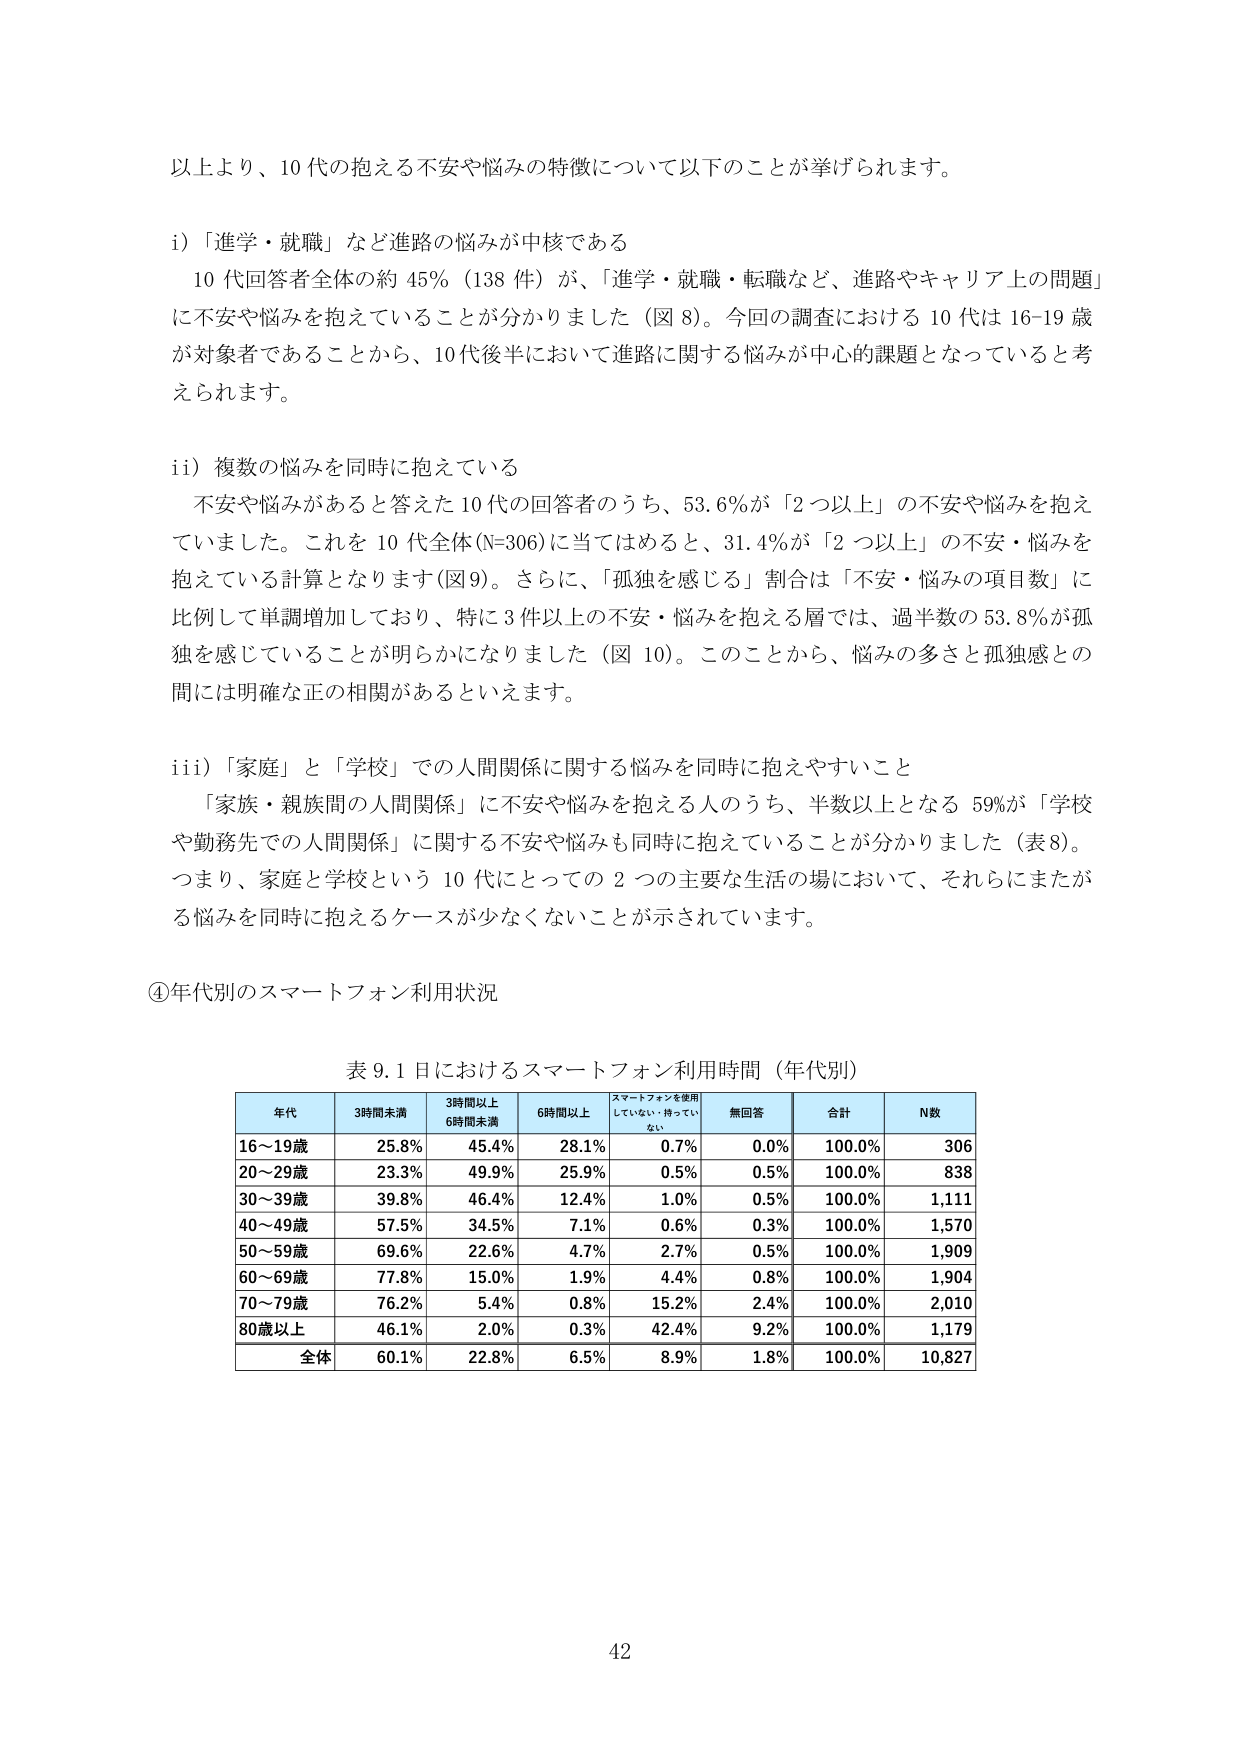
以上より、10代の抱える不安や悩みの特徴について以下のことがあげられます。

i) 「進学・就職」など進路の悩みが中核である
　10代回答者全体の約45%（138件）が、「進学・就職・転職など、進路やキャリア上の問題」に不安や悩みを抱えていることが分かりました（図8）。今回の調査における10代は16-19歳が対象者であることから、10代後半において進路に関する悩みが中心的課題となっていると考えられます。

ii) 複数の悩みを同時に抱えている
　不安や悩みがあると答えた10代の回答者のうち、53.6%が「2つ以上」の不安や悩みを抱えていました。これを10代全体(N=306)に当てはめると、31.4%が「2つ以上」の不安・悩みを抱えている計算となります（図9）。さらに、「孤独を感じる」割合は「不安・悩みの項目数」に比例して単調増加しており、特に3件以上の不安・悩みを抱える層では、過半数の53.8%が孤独を感じていることが明らかになりました（図10）。このことから、悩みの多さと孤独感との間には明確な正の相関があるといえます。

iii) 「家庭」と「学校」での人間関係に関する悩みを同時に抱えやすいこと
　「家族・親族間の人間関係」に不安や悩みを抱える人のうち、半数以上となる59%が「学校や勤務先での人間関係」に関する不安や悩みも同時に抱えていることが分かりました（表8）。つまり、家庭と学校という10代にとっての2つの主要な生活の場において、それらにまたがる悩みを同時に抱えるケースが少なくないことが示されています。

④年代別のスマートフォン利用状況

表9.1 日におけるスマートフォン利用時間（年代別）

年代　　3時間未満　　3時間以上6時間未満　　6時間以上　　スマートフォンを使用していない・持っていない　　無回答　　合計　　N数
16～19歳　25.8%　　　45.4%　　　　　28.1%　　　　0.7%　　　　　　0.0%　　　100.0%　　306
20～29歳　23.3%　　　49.9%　　　　　25.9%　　　　0.5%　　　　　　0.5%　　　100.0%　　838
30～39歳　39.8%　　　46.4%　　　　　12.4%　　　　1.0%　　　　　　0.5%　　　100.0%　　1,111
40～49歳　57.5%　　　34.5%　　　　　7.1%　　　　0.6%　　　　　　0.3%　　　100.0%　　1,570
50～59歳　69.6%　　　22.6%　　　　　4.7%　　　　2.7%　　　　　　0.5%　　　100.0%　　1,909
60～69歳　77.8%　　　15.0%　　　　　1.9%　　　　4.4%　　　　　　0.8%　　　100.0%　　1,904
70～79歳　76.2%　　　5.4%　　　　　　0.8%　　　　15.2%　　　　　2.4%　　　100.0%　　2,010
80歳以上　46.1%　　　2.0%　　　　　　0.3%　　　　42.4%　　　　　9.2%　　　100.0%　　1,179
全体　　　60.1%　　　22.8%　　　　　6.5%　　　　8.9%　　　　　　1.8%　　　100.0%　　10,827

42